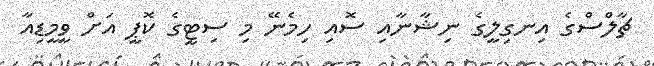
ޗާލްސްގެ އިނގިލީގެ ނިޝާނާއި ސޮއި ހިމެނޭ މި ސިޓީގެ ކޮޕީ އަށް ވީމީޑިއާ